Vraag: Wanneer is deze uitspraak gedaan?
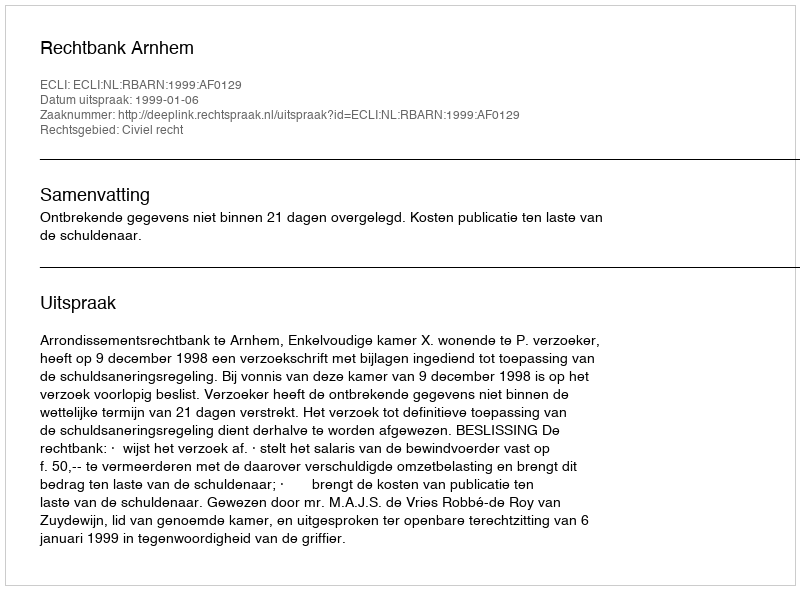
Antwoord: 1999-01-06